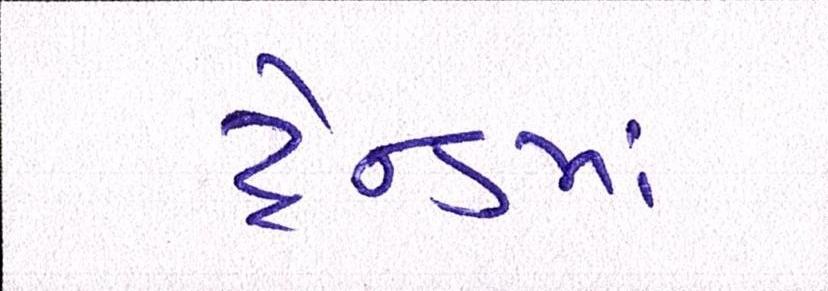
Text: ટ્રેન્ડમાં